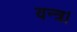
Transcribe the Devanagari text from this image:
यन्त्र।